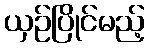
ယှဉ်ပြိုင်မည့်